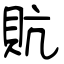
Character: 貥